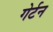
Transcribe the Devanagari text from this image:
गेर्टन